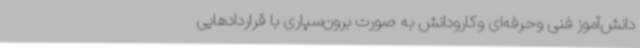
دانش‌آموز فنی وحرفه‌ای وکارودانش به صورت برون‌سپاری با قراردادهایی